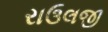
રાઉલજી